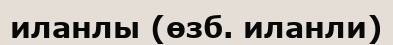
иланлы (өзб. иланли)